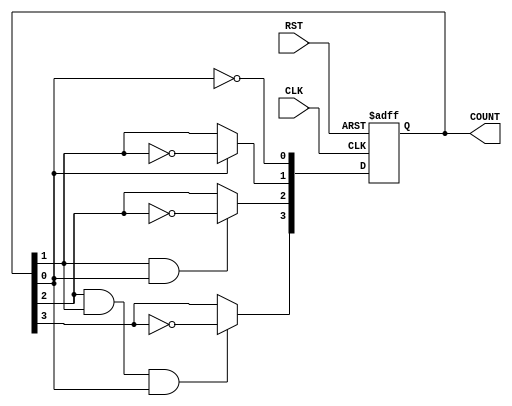
module async_ripple_counter #(
    parameter N = 4  // Number of bits in the counter
)(
    input wire CLK,   // Clock input
    input wire RST,   // Asynchronous reset input
    output reg [N-1:0] COUNT // Counter output
);

    // Always block for the counter operation
    always @(posedge CLK or posedge RST) begin
        if (RST) begin
            COUNT <= 0; // Reset the counter to 0
        end else begin
            COUNT[0] <= ~COUNT[0]; // Toggle LSB
            // Ripple effect for the rest of the bits
            COUNT[1] <= COUNT[0] ? ~COUNT[1] : COUNT[1];
            COUNT[2] <= (COUNT[1] & COUNT[0]) ? ~COUNT[2] : COUNT[2];
            COUNT[3] <= (COUNT[2] & COUNT[1] & COUNT[0]) ? ~COUNT[3] : COUNT[3];
            // Add more bits as needed for higher N
        end
    end

endmodule